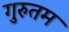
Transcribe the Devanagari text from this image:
गुरुतम